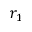
r _ { 1 }